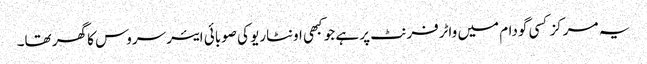
یہ مرکز کسی گودام میں واٹرفرنٹ پر ہے جو کبھی اونٹاریو کی صوبائی ایئر سروس کا گھر تھا۔